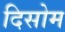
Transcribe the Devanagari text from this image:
दिसोम